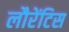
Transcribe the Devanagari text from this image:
लौरेंटिस